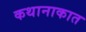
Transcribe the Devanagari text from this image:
कथानाकात